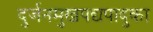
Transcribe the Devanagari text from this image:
दुर्जनमुखपद्यपादुका